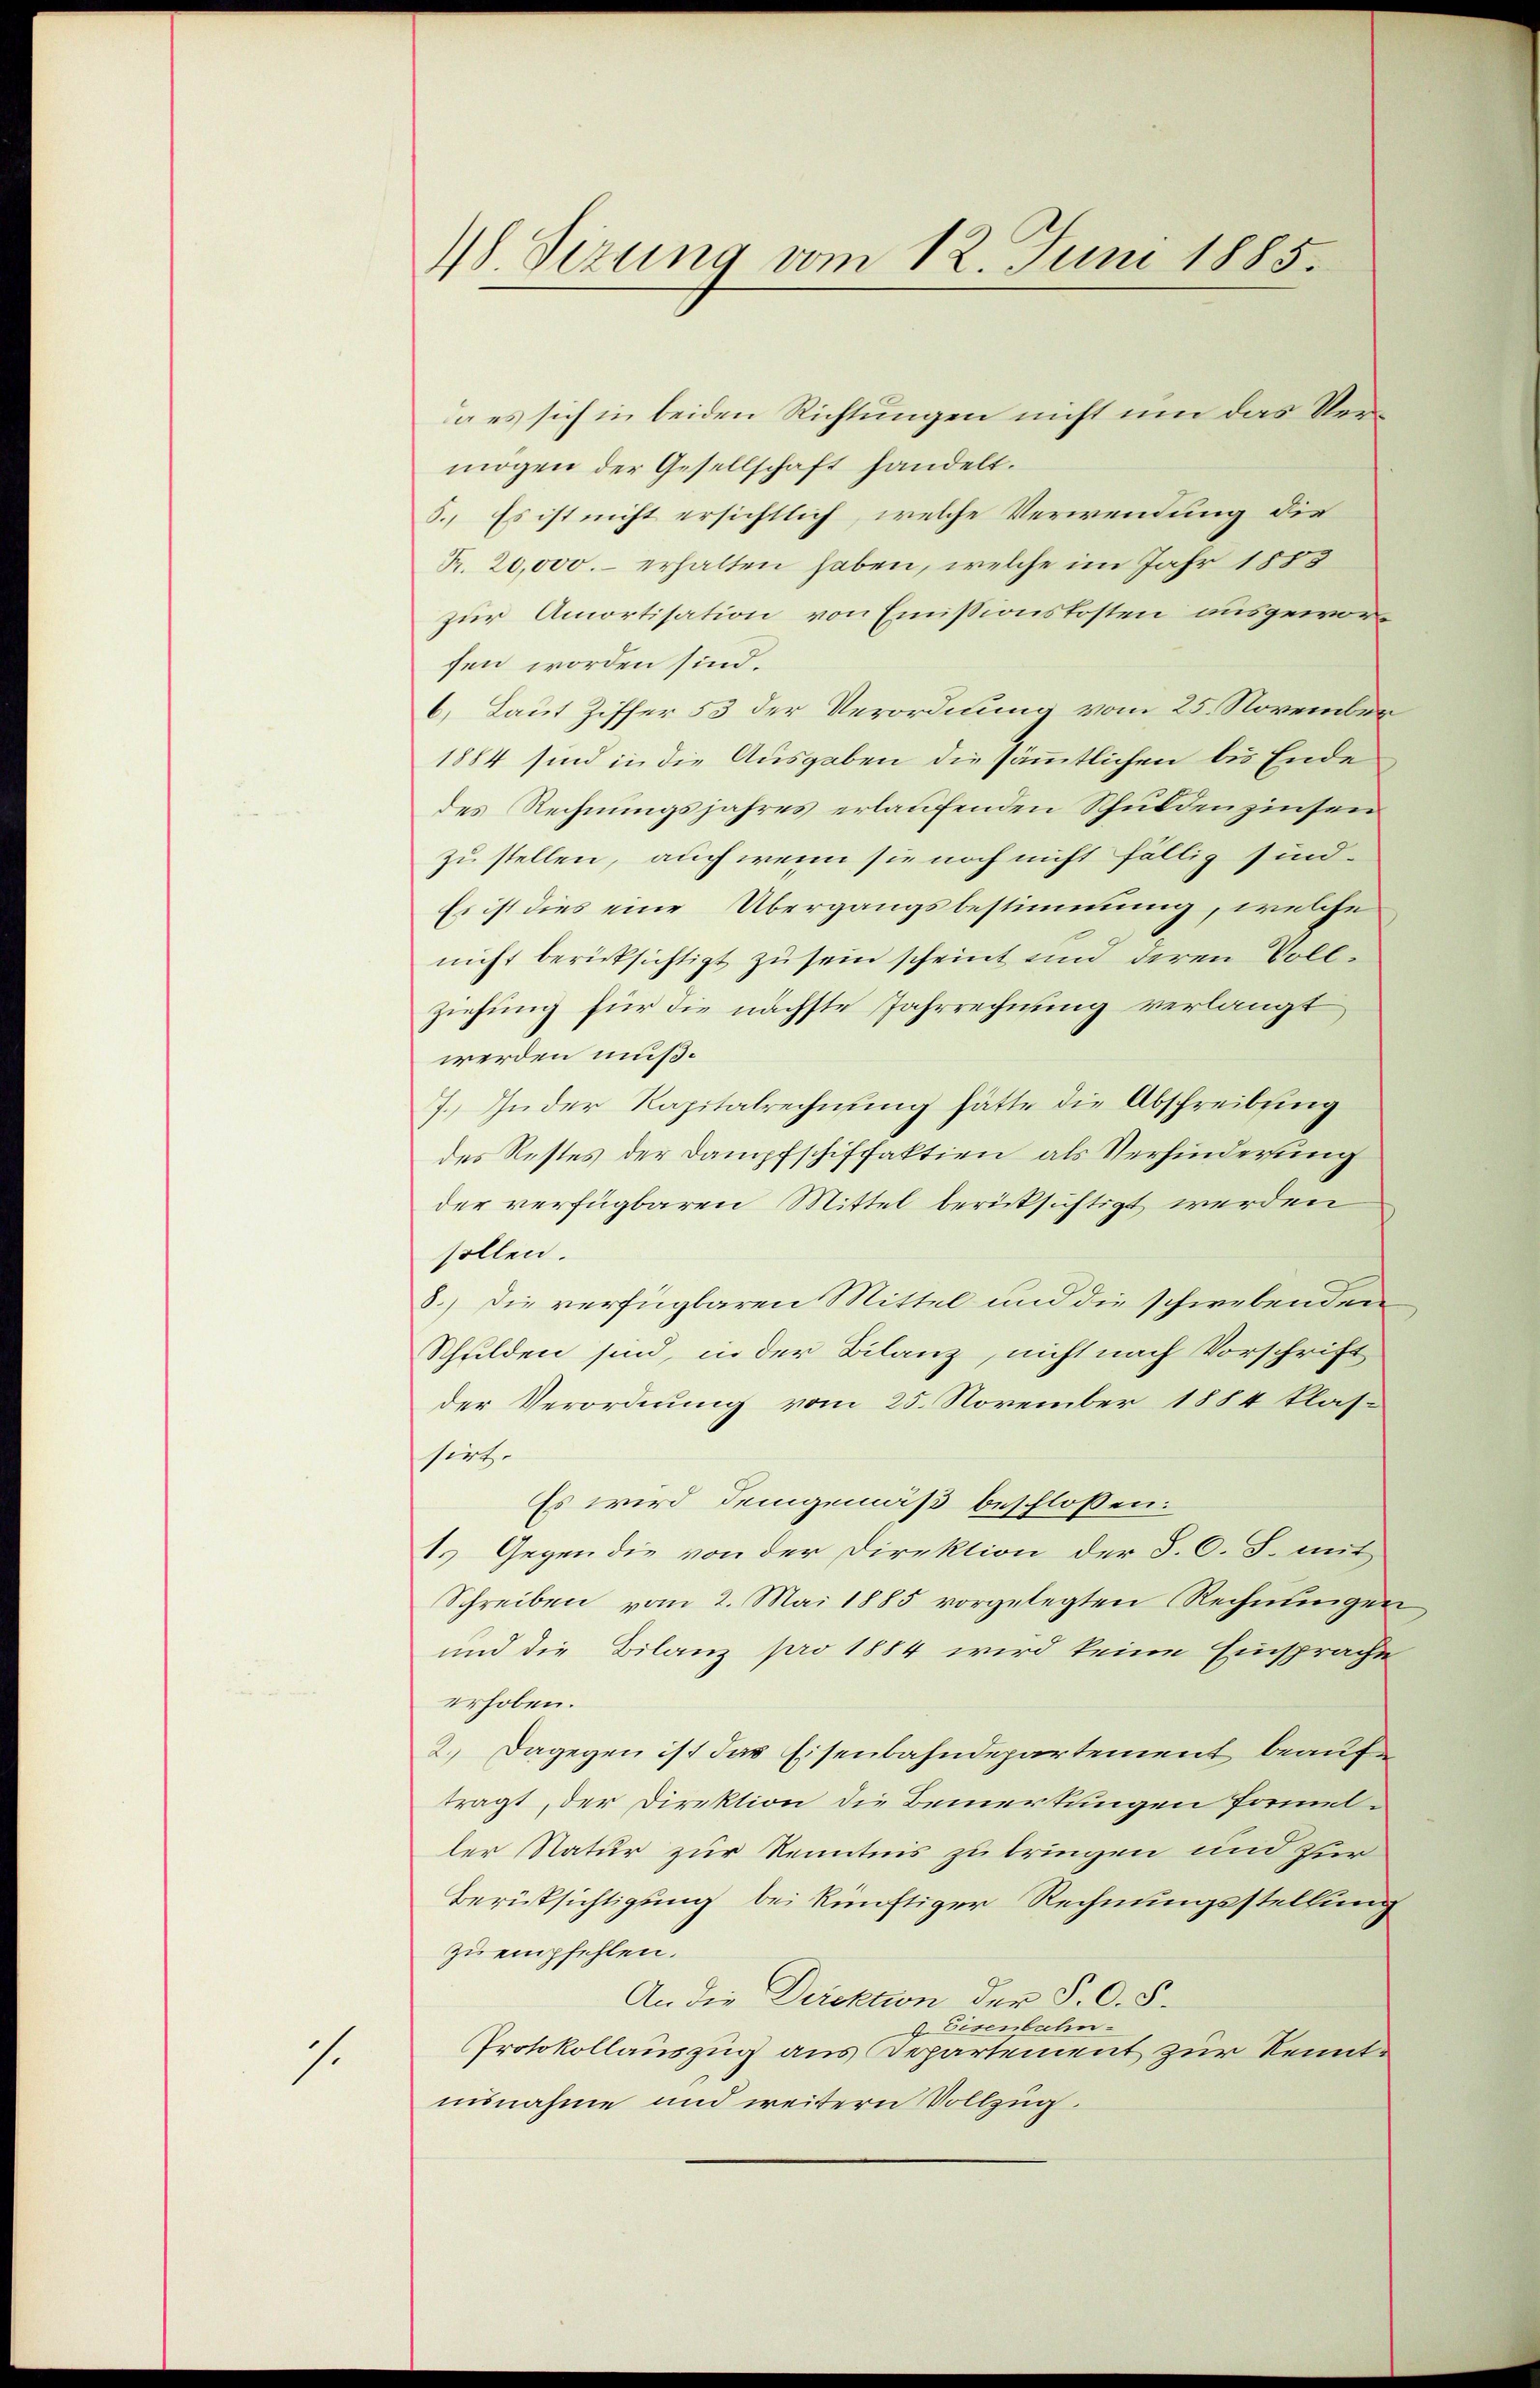
s.

18. Sizung vom 12. Juni 1885.

a es sich in beiden Richtungen nicht um das Vermögen der Gesellschaft handelt.
5. Es ist nicht ersichtlich, welche Verwendung die
Pr. 20,000.- erhalten haben, welche im Jahr 1885
zur Amortisation von Emissionskosten ausgeworsen worden sind.
6) Laut Ziffer 53 der Verordnung vom 25. November
1884 sind in die Ausgaben die sämmtlichen bis Ende
des Rechnungsjahres erlaufenden Schuldenzinsen
zu stellen, auch wenn sie noch nicht fällig sind.
Es ist dies eine Übergangsbestimmung, welche
nicht berücksichtigt zu sein scheint und deren Vollziehung für die nächste Jahrrechnung verlangt
werden muß.
7. In der Rapitalrechnung hätte die Abschreibung
des Restes der Dampfschiffaktien als Verhinderung
der verfügbaren Mittel berücksichtigt werden
sollen.
8.) Die verfügbaren Mittel und die schwebenden
Schulden sind, in der Bilanz, nicht nach Vorschrift
der Verordnung vom 25. November 1884 klas-
sirt.
Es wird demgemäß beschlossen:
1.) Gegen die von der Direktion der S. O. S. mit
Schreiben vom 2. Mai 1885 vorgelegten Rechnungen
und die Bilanz pro 1884 wird keine Einsprache
erhoben.
2.) Dagegen ist das Eisenbahndepartement beauftragt, der Direktion die Bemerkungen formet.
ler Natur zur Kenntnis zu bringen und zur
Berissichtigung bei künftiger Rechnungsstellung
zu empfehlen.
An die Direktion der P. O. S.
9. Eisenbahn-
Protokollauszug aus Departement zur Kenntuisnahme und weitern Vollzug.